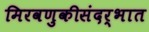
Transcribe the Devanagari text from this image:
मिरवणुकीसंदर्भात